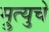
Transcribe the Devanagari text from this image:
म्रुत्युचे